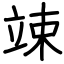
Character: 竦